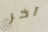
آخر